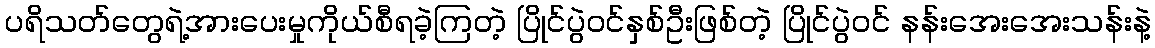
ပရိသတ်တွေရဲ့အားပေးမှုကိုယ်စီရခဲ့ကြတဲ့ ပြိုင်ပွဲဝင်နှစ်ဦးဖြစ်တဲ့ ပြိုင်ပွဲဝင် နန်းအေးအေးသန်းနဲ့